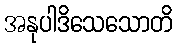
အနုပါဒိသေသောတိ